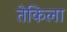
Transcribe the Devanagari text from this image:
तेकिला